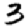
Digit: 3